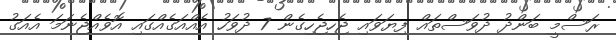
ރަސްމީ ބަންދު ދުވަސްތައް ފިޔަވައި ޖެހިޖެހިގެން 7 ދުވަހު އެއްއަގެއްގައި އޮވެއްޖެނަމަ އެއަގު